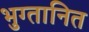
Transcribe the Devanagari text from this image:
भुग्तानित